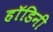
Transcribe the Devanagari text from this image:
हॉडिनी